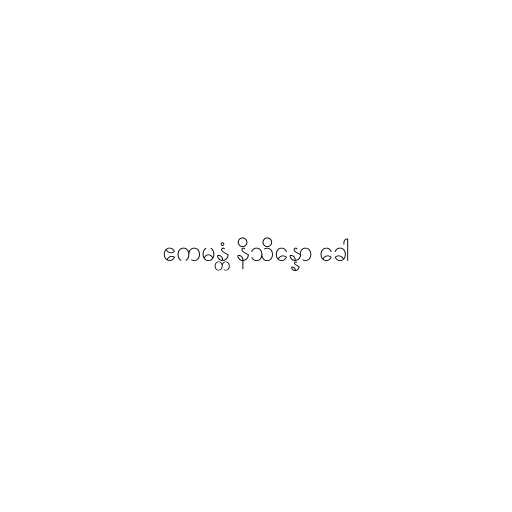
ဧကမန္တံ နိသိန္နော ခေါ